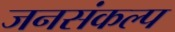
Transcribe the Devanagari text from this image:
जनसंकल्प